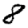
Digit: 8